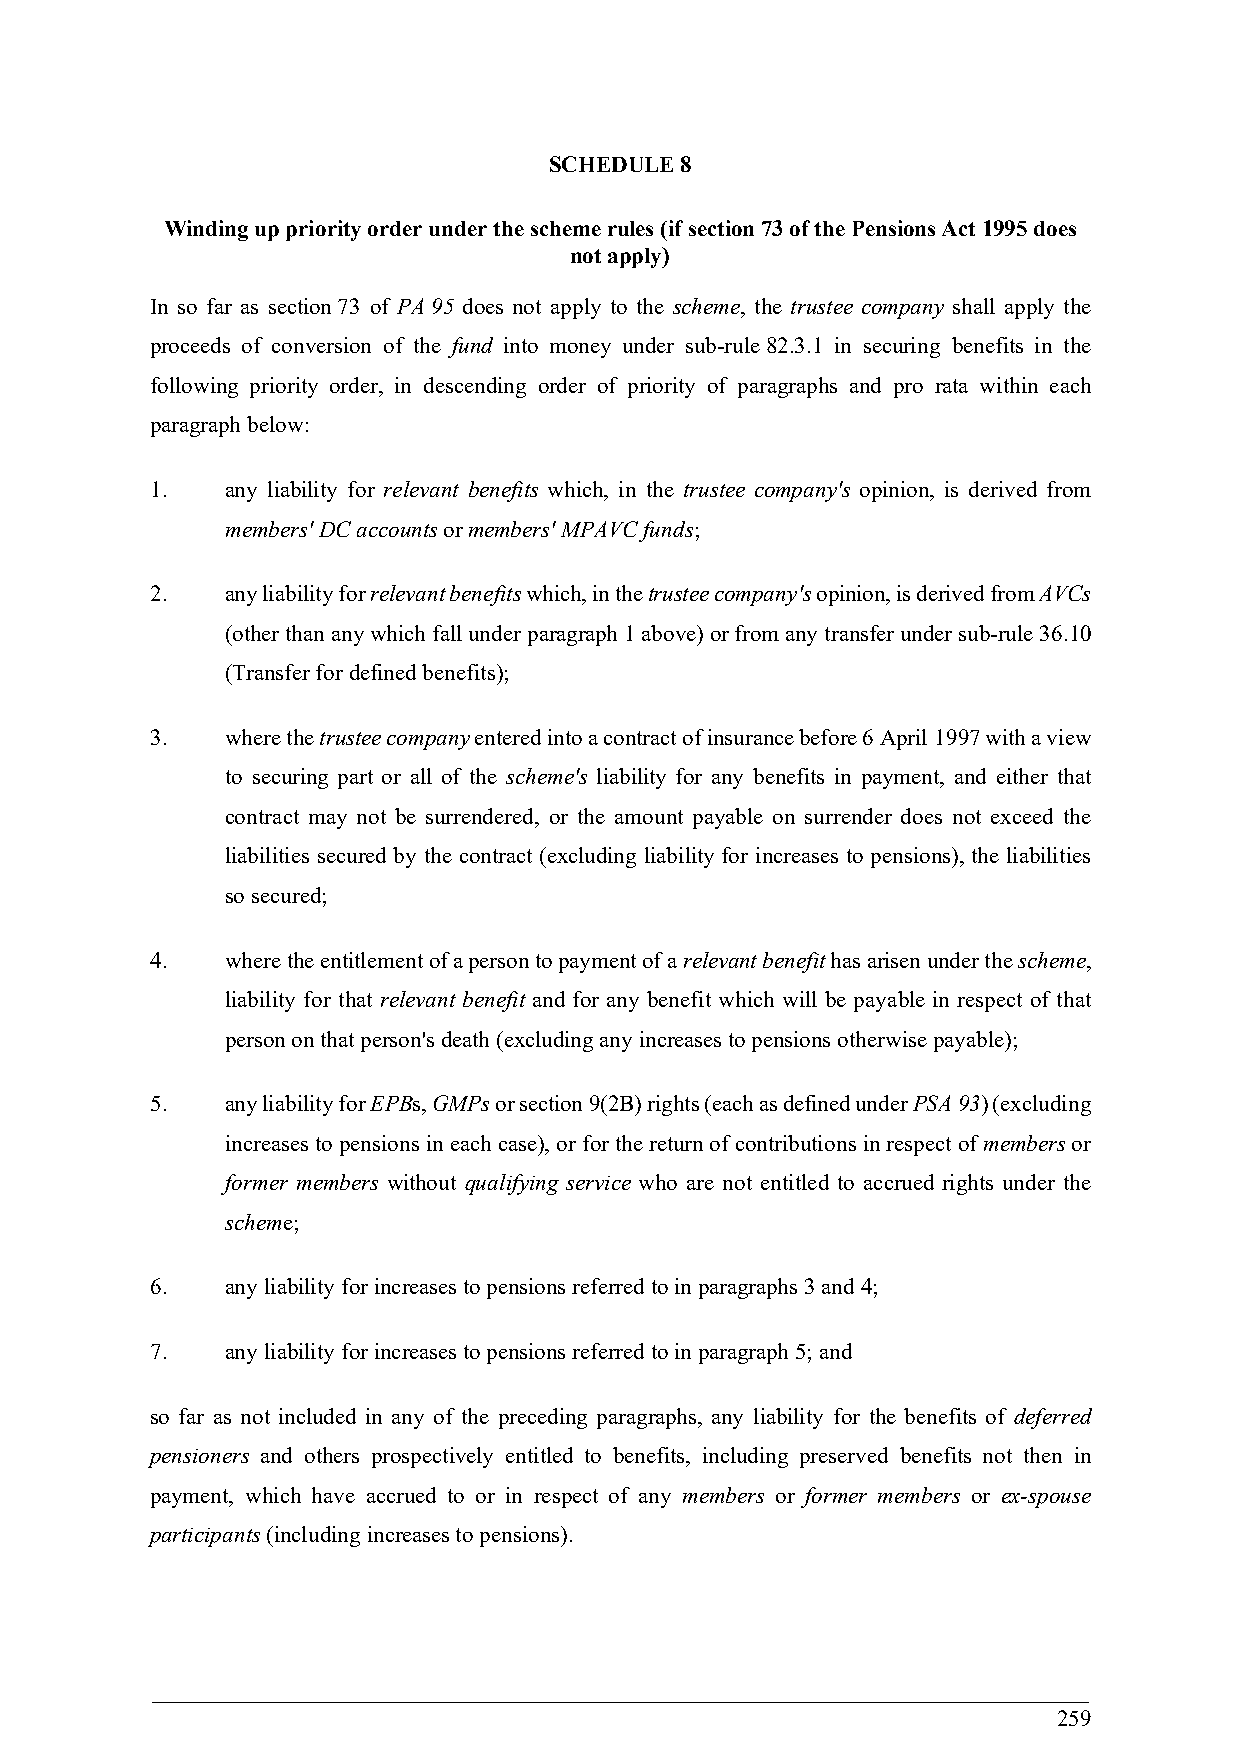
SCHEDULE 8
 Winding up priority order under the scheme rules (if section 73 of the Pensions Act 1995 does
 not apply)
 In so far as section 73 of PA 95 does not apply to the scheme, the trustee company shall apply the
 proceeds of conversion of the fund into money under sub-rule 82.3.1 in securing benefits in the
 following priority order, in descending order of priority of paragraphs and pro rata within each
 paragraph below:
 1.   any liability for relevant benefits which, in the trustee company's opinion, is derived from
 members' DC accounts or members' MPAVC funds;
 2.   any liability for relevant benefits which, in the trustee company's opinion, is derived from AVCs
 (other than any which fall under paragraph 1 above) or from any transfer under sub-rule 36.10
 (Transfer for defined benefits);
 3.   where the trustee company entered into a contract of insurance before 6 April 1997 with a view
 to securing part or all of the scheme's liability for any benefits in payment, and either that
 contract may not be surrendered, or the amount payable on surrender does not exceed the
 liabilities secured by the contract (excluding liability for increases to pensions), the liabilities
 so secured;
 4.   where the entitlement of a person to payment of a relevant benefit has arisen under the scheme,
 liability for that relevant benefit and for any benefit which will be payable in respect of that
 person on that person's death (excluding any increases to pensions otherwise payable);
 5.   any liability for EPBs, GMPs or section 9(2B) rights (each as defined under PSA 93) (excluding
 increases to pensions in each case), or for the return of contributions in respect of members or
 former members without qualifying service who are not entitled to accrued rights under the
 scheme;
 6.   any liability for increases to pensions referred to in paragraphs 3 and 4;
 7.   any liability for increases to pensions referred to in paragraph 5; and
 so far as not included in any of the preceding paragraphs, any liability for the benefits of deferred
 pensioners and others prospectively entitled to benefits, including preserved benefits not then in
 payment, which have accrued to or in respect of any members or former members or ex-spouse
 participants (including increases to pensions).
 259